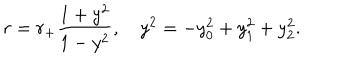
r = r _ { + } \frac { 1 + y ^ { 2 } } { 1 - y ^ { 2 } } , y ^ { 2 } = - y _ { 0 } ^ { 2 } + y _ { 1 } ^ { 2 } + y _ { 2 } ^ { 2 } .